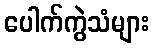
ပေါက်ကွဲသံများ